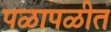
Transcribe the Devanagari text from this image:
पळापळीत